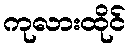
ကုလားထိုင်